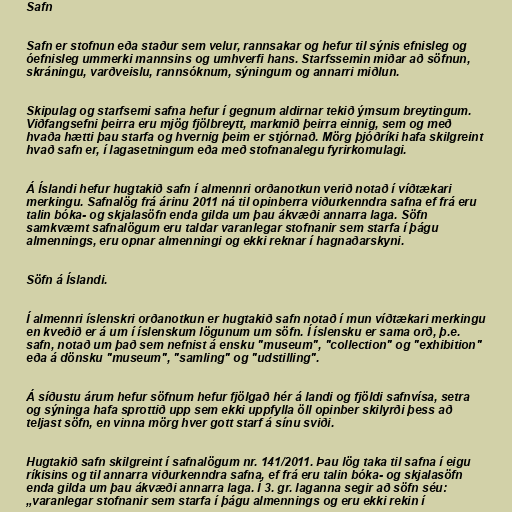
Safn

Safn er stofnun eða staður sem velur, rannsakar og hefur til sýnis efnisleg og
óefnisleg ummerki mannsins og umhverfi hans. Starfssemin miðar að söfnun,
skráningu, varðveislu, rannsóknum, sýningum og annarri miðlun.

Skipulag og starfsemi safna hefur í gegnum aldirnar tekið ýmsum breytingum.
Viðfangsefni þeirra eru mjög fjölbreytt, markmið þeirra einnig, sem og með
hvaða hætti þau starfa og hvernig þeim er stjórnað. Mörg þjóðríki hafa skilgreint
hvað safn er, í lagasetningum eða með stofnanalegu fyrirkomulagi.

Á Íslandi hefur hugtakið safn í almennri orðanotkun verið notað í víðtækari
merkingu. Safnalög frá árinu 2011 ná til opinberra viðurkenndra safna ef frá eru
talin bóka- og skjalasöfn enda gilda um þau ákvæði annarra laga. Söfn
samkvæmt safnalögum eru taldar varanlegar stofnanir sem starfa í þágu
almennings, eru opnar almenningi og ekki reknar í hagnaðarskyni.

Söfn á Íslandi.

Í almennri íslenskri orðanotkun er hugtakið safn notað í mun víðtækari merkingu
en kveðið er á um í íslenskum lögunum um söfn. Í íslensku er sama orð, þ.e.
safn, notað um það sem nefnist á ensku "museum", "collection" og "exhibition"
eða á dönsku "museum", "samling" og "udstilling".

Á síðustu árum hefur söfnum hefur fjölgað hér á landi og fjöldi safnvísa, setra
og sýninga hafa sprottið upp sem ekki uppfylla öll opinber skilyrði þess að
teljast söfn, en vinna mörg hver gott starf á sínu sviði.

Hugtakið safn skilgreint í safnalögum nr. 141/2011. Þau lög taka til safna í eigu
ríkisins og til annarra viðurkenndra safna, ef frá eru talin bóka- og skjalasöfn
enda gilda um þau ákvæði annarra laga. Í 3. gr. laganna segir að söfn séu:
„varanlegar stofnanir sem starfa í þágu almennings og eru ekki rekin í